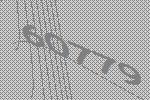
60779